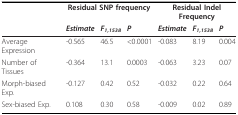
|  | <COLSPAN=3> Residual SNP frequency | <COLSPAN=3> Residual Indel Frequency |
 |  | Estimate | F1,1538 | P | Estimate | F1,1538 | P |
 | --- | --- | --- | --- | --- | --- | --- |
 | Average Expression | -0.565 | 46.5 | <0.0001 | -0.083 | 8.19 | 0.004 |
 | Number of Tissues | -0.364 | 13.1 | 0.0003 | -0.063 | 3.23 | 0.07 |
 | Morph-biased Exp. | -0.127 | 0.42 | 0.52 | -0.032 | 0.22 | 0.64 |
 | Sex-biased Exp. | 0.108 | 0.30 | 0.58 | -0.009 | 0.02 | 0.89 |